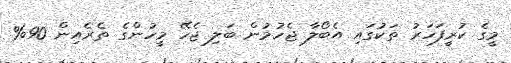
މީގެ ކުރީފަހަރު ތަކުގައި އެބޯލާ ޖެހުމުން ބަލި ޖެހޭ މީހުންގެ ތެރެއިން 90%